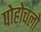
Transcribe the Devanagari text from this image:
पोहोचलो